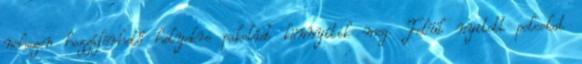
nehezen hozzáférhető helyekre pakolást könnyítik meg. Felül nyitott polcokat